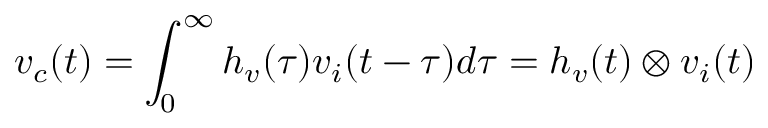
v _ { c } ( t ) = \int _ { 0 } ^ { \infty } h _ { v } ( \tau ) v _ { i } ( t - \tau ) d \tau = h _ { v } ( t ) \otimes v _ { i } ( t )